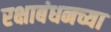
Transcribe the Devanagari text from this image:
रक्षाबंधनच्या